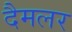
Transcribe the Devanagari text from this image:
दैमलर